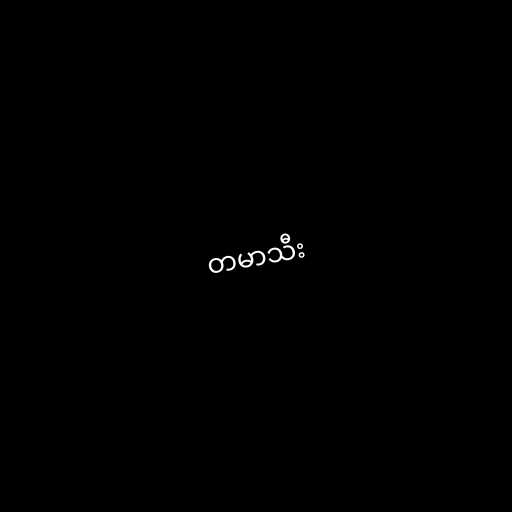
တမာသီး